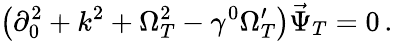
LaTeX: \left(\partial_{0}^{2}+k^{2}+\Omega_{T}^{2}-\gamma^{0}\Omega_{T}^{\prime}\right)\vec{\Psi}_{T}=0\, .